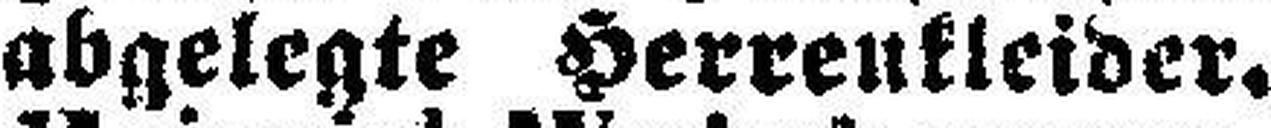
abgelegte Herrenkleider.